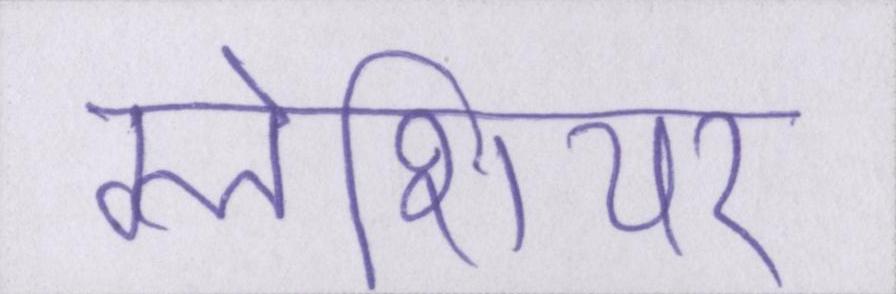
ग्लेशियर